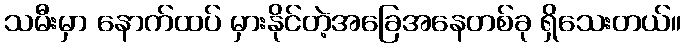
သမီးမှာ နောက်ထပ် မှားနိုင်တဲ့အခြေအနေတစ်ခု ရှိသေးတယ်။